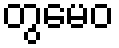
တွမေဝ